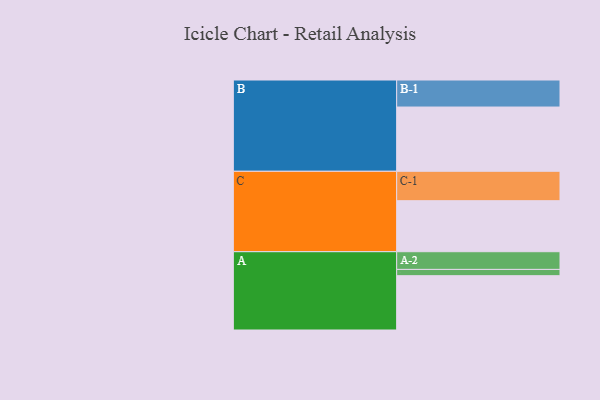
{"axis": {"x": "Segment", "y": "Value"}, "legend": ["", "A", "B", "C"], "data": [{"x": "A", "y": 460, "type": ""}, {"x": "B", "y": 544, "type": ""}, {"x": "C", "y": 432, "type": ""}, {"x": "A-1", "y": 53, "type": "A"}, {"x": "A-2", "y": 150, "type": "A"}, {"x": "B-1", "y": 229, "type": "B"}, {"x": "C-1", "y": 249, "type": "C"}]}